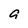
Character: 9